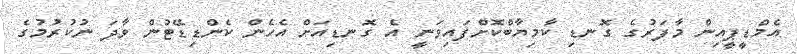
އެމްޑީޕީއިން މާފަރުގެ ގޮނޑި ކާމިޔާބްކޮށްފައިވަނީ އެ ގޮނޑިއަށް އެހެން ކެންޑިޑޭޓުން ވާދަ ނުކުރުމުގެ